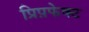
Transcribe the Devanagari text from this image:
प्रिप़फेक्ट